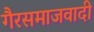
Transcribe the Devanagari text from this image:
गैरसमाजवादी